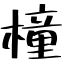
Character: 橦